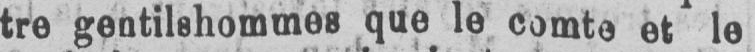
tre gentilshommes que le comte et le